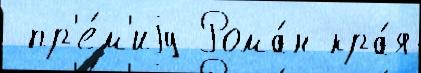
 пр'е́м'иjу Рома́н кра́я